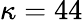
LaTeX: \kappa=44